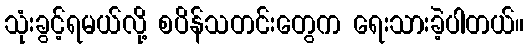
သုံးခွင့်ရမယ်လို့ စပိန်သတင်းတွေက ရေးသားခဲ့ပါတယ်။